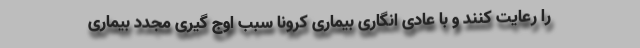
را رعایت کنند و با عادی انگاری بیماری کرونا سبب اوج گیری مجدد بیماری